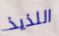
اللذيذ